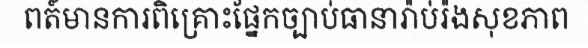
ពត៍មានការពិគ្រោះផ្នែកច្បាប់ធានារ៉ាប់រ៉ងសុខភាព